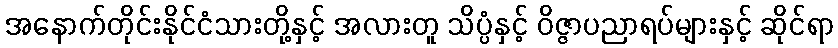
အနောက်တိုင်းနိုင်ငံသားတို့နှင့် အလားတူ သိပ္ပံနှင့် ဝိဇ္ဇာပညာရပ်များနှင့် ဆိုင်ရာ